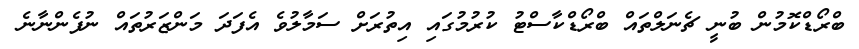
ބްރޯޑްކޮމުން ބުނީ ޗެނަލްތައް ބްރޯޑްކާސްޓު ކުރުމުގައި އިތުރަށް ސަމާލުވެ އެފަދަ މަންޒަރުތައް ނުފެންނާނެ